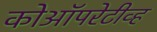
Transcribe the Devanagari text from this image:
कोऑपरेटीव्ह